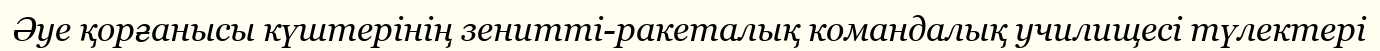
Әуе қорғанысы күштерінің зенитті-ракеталық командалық училищесі түлектері